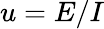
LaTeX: u=E/I